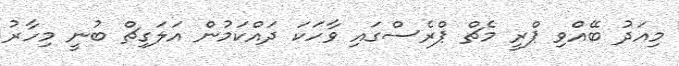
މިއަދު ބޭއްވި ޕްރީ މެޗް ޕްރެސްގައި ވާހަކަ ދައްކަމުން އަލަގިޗް ބުނީ މިހާރު